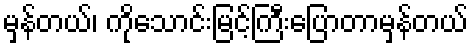
မှန်တယ်၊ ကိုသောင်းမြင့်ကြီးပြောတာမှန်တယ်